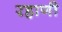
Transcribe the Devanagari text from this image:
रहाणी